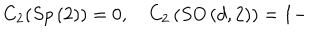
C _ { 2 } ( S p \left( 2 \right) ) = 0 , \quad C _ { 2 } \left( S O \left( d , 2 \right) \right) = 1 -